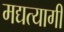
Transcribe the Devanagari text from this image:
मद्यत्यागी